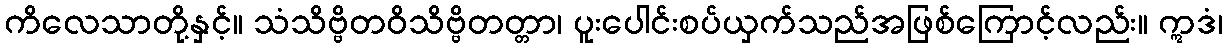
ကိလေသာတို့နှင့်။ သံသိဗ္ဗိတဝိသိဗ္ဗိတတ္တာ၊ ပူးပေါင်းစပ်ယှက်သည်အဖြစ်ကြောင့်လည်း။ ဣဒံ၊